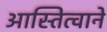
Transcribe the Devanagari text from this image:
आस्तित्वाने